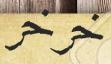
خرخر